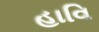
હાવિ